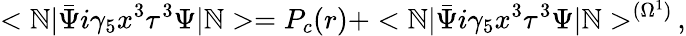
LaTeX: <\mathbb{N}|\bar{{\Psi}}i\gamma_{5}x^{3}\tau^{3}\Psi|\mathbb{N}>=P_{c}(r)+<\mathbb{N}|\bar{{\Psi}}i\gamma_{5}x^{3}\tau^{3}\Psi|\mathbb{N}>^{(\Omega^{1})}\, ,